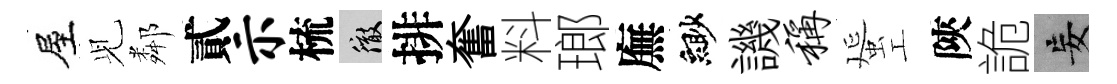
屋𫤗鄰貳示梳徹排奮料瑯廡緲譏称蜑工陝詭妄